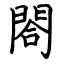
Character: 閤